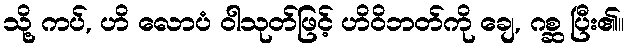
သို့ ကပ်, ဟိ လောပံ ဝါသုတ်ဖြင့် ဟိဝိဘတ်ကို ချေ, ဂစ္ဆ ပြီး၏။